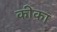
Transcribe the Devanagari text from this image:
कीका